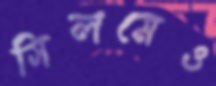
সিলমেও